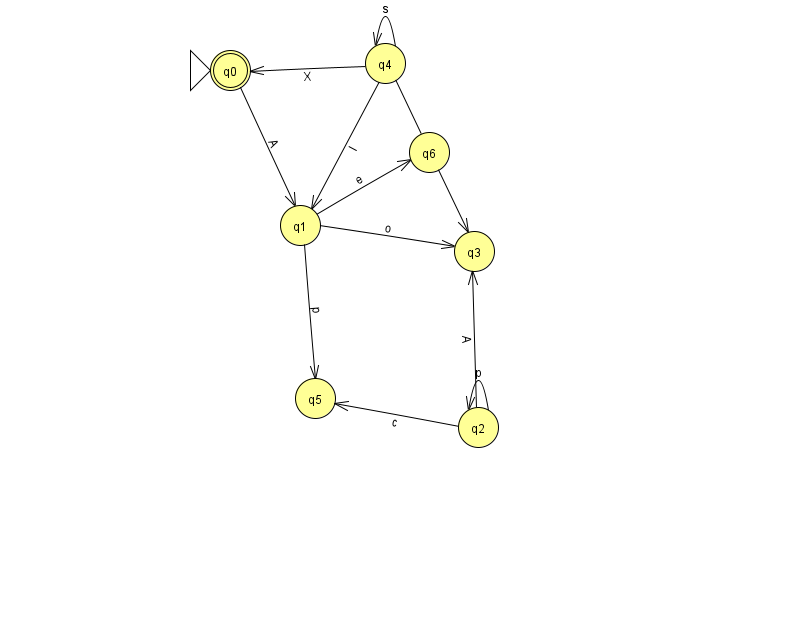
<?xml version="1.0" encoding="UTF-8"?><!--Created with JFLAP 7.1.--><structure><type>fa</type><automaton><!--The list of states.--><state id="0" name="q0"><x>230.0</x><y>57.0</y><initial/><final/></state><state id="1" name="q1"><x>300.0</x><y>212.0</y></state><state id="2" name="q2"><x>478.0</x><y>414.0</y></state><state id="3" name="q3"><x>474.0</x><y>238.0</y></state><state id="4" name="q4"><x>385.0</x><y>50.0</y></state><state id="5" name="q5"><x>315.0</x><y>385.0</y></state><state id="6" name="q6"><x>429.0</x><y>139.0</y></state><!--The list of transitions.--><transition><from>2</from><to>2</to><read>p</read></transition><transition><from>4</from><to>3</to><read>M</read></transition><transition><from>4</from><to>4</to><read>s</read></transition><transition><from>4</from><to>0</to><read>X</read></transition><transition><from>4</from><to>1</to><read>l</read></transition><transition><from>0</from><to>1</to><read>A</read></transition><transition><from>2</from><to>3</to><read>A</read></transition><transition><from>1</from><to>5</to><read>p</read></transition><transition><from>1</from><to>3</to><read>o</read></transition><transition><from>2</from><to>5</to><read>c</read></transition><transition><from>1</from><to>6</to><read>e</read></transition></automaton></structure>